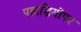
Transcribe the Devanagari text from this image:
पहाड़ियोंपर